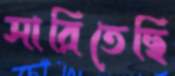
সারিতেছি